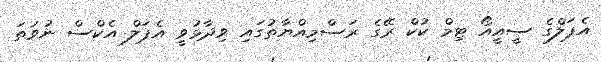
އެޕަލްގެ ސީއީއޯ ޓިމް ކުކް ރޭގެ ރަސްމިއްޔާތުގައި ވިދާޅުވީ އެޕަލް އެކްސް ނުވަތަ